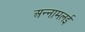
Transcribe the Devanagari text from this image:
अन्‍नामलई